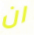
ان